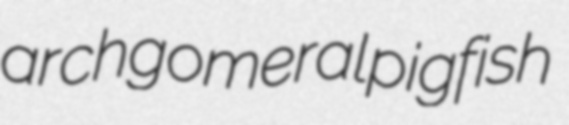
archgomeral pigfish